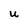
Character: U